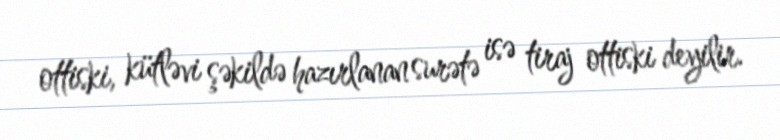
ottiski, kütləvi şəkildə hazırlanan surətə isə tiraj ottiski deyilir.